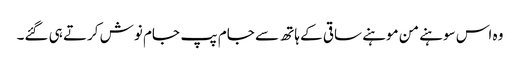
وہ اس سوہنے من موہنے ساقی کے ہاتھ سے جام پپ جام نوش کرتے ہی گئے۔